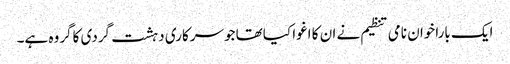
ایک باراخوان نامی تنظیم نے ان کا اغوا کیاتھا جوسرکاری دہشت گردی کاگروہ ہے۔